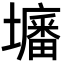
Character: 𡒷